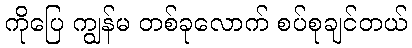
ကိုပြေ ကျွန်မ တစ်ခုလောက် စပ်စုချင်တယ်